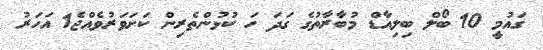
ގައުމީ 10 ބޯލް ބިލިއާޑް މުބާރާތުގެ ގަދަ ހަ ކުޅުންތެރިން ކަށަވަރުވެއްޖެ1 އަހަރު